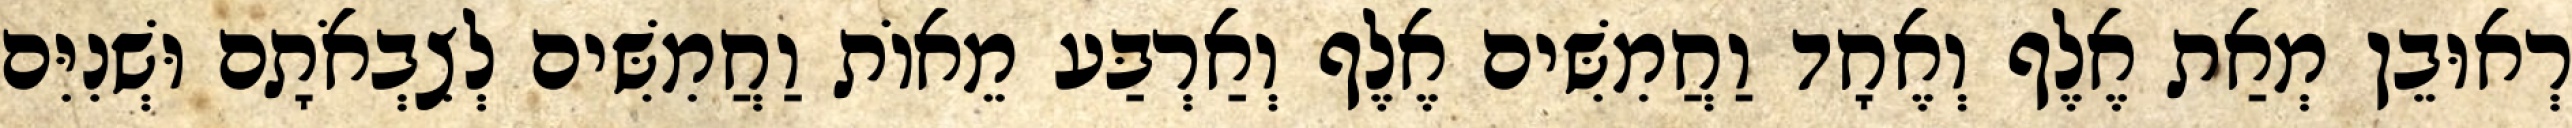
רְאוּבֵן מְאַת אֶלֶף וְאֶחָד וַחֲמִשִּׁים אֶלֶף וְאַרְבַּע מֵאוֹת וַחֲמִשִּׁים לְצִבְאֹתָם וּשְׁנִיִּם